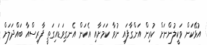
އުޅޭކަން ވަކީލުންނަށް ކުރިން އަންގާފައި ނުވާ ކަމަށާއި އެކަން އެނގިވަޑައިގަތީ ފާރިސްއާ ބައްދަލަށް